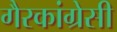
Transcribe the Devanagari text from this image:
गैरकांग्रेसी